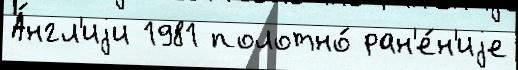
А́нгл'иjи 1981 полотно́ ран'е́н'иjе